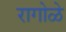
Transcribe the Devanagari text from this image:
रागोळे